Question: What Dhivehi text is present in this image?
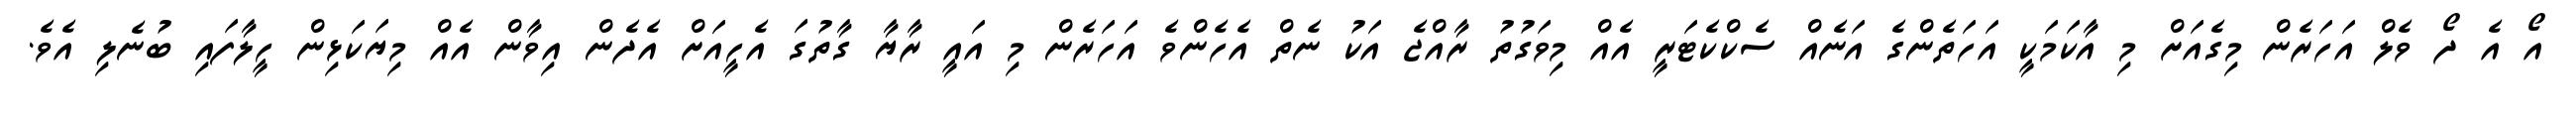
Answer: އޯ އެ ދޯ ވެލް އަހަރެން މިގެއަށް މި އާކަމަކީ އަހަތެންގެ އަނެއް ސެކްކެޓަރީ އެއް މިވަގުތު ރާއްޖެ އަކު ނެތް އެހެންވެ އަހަރެން މި އައީ ރާޔާ ގާތުގަ އެހީއަށް އެދެން އިވާން އެއް މިޔަކަޅިން ހީލާފައި ބުނެލި އެވެ.